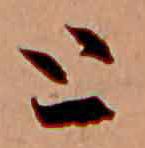
と